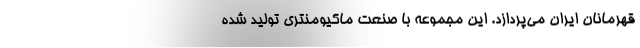
قهرمانان ایران می‌پردازد. این مجموعه با صنعت ماکیومنتری تولید شده